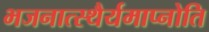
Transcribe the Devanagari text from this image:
भजनात्स्थैर्यमाप्नोति